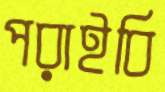
পরাইবি